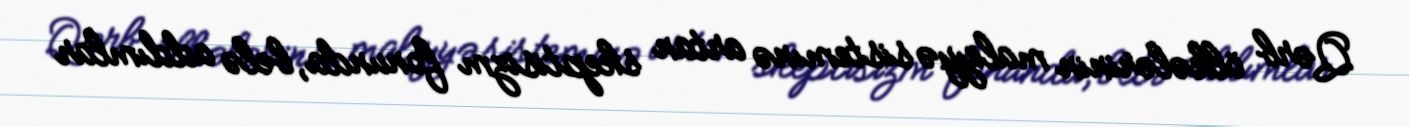
Qərb ölkələrinin maliyyə sistemınə artan skeptisizm fonunda, belə addımlar